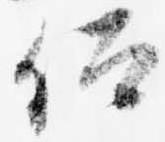
仰